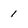
Character: 1